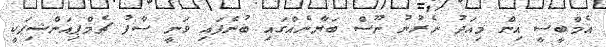
އެމްބީސީ އިން މިއަދު ނެރުނު ނޫސް ބަޔާނެއްގައި ބުނެފައި ވަނީ ސާފު ޗެމްޕިއަންޝިޕަކީ